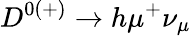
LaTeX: D^{0(+)}\to h\mu^{+}\nu_{\mu}